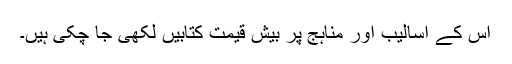
اس کے اسالیب اور مناہج پر بیش قیمت کتابیں لکھی جا چکی ہیں۔